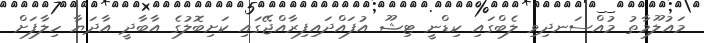
މައުލޫމާތު މުއްސަނދިވި ލެބްގައި ކިޑްނީ ޓިޝޫ އުފައްދައިފިރާއްޖޭގައި ކަށިބޮލުގެ އާބާދީ އާދަޔާ ހިލާފަށް